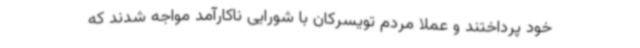
خود پرداختند و عملا مردم تویسرکان با شورایی ناکارآمد مواجه شدند که